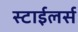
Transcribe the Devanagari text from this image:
स्टाईलर्स